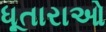
ધૂતારાઓ